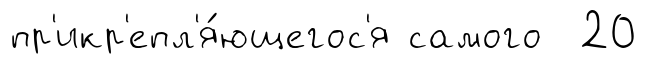
пр'икр'епл'я́ющегос'я самого 20